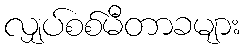
လျှပ်စစ်မီတာခများ